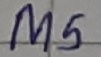
Text: M5